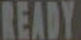
READY